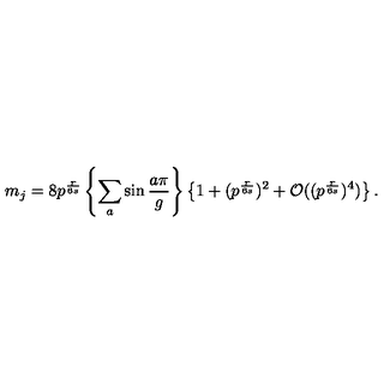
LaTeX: m _ { j } = 8 p ^ { \frac { r } { 6 s } } \left\{ \sum _ { a } \sin \frac { a \pi } { g } \right\} \left\{ 1 + ( p ^ { \frac { r } { 6 s } } ) ^ { 2 } + { \mathcal O } ( ( p ^ { \frac { r } { 6 s } } ) ^ { 4 } ) \right\} .